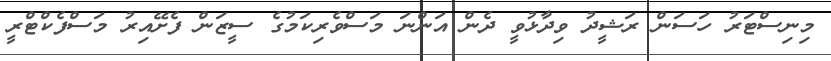
މިނިސްޓަރު ހަސަން ރަޝީދު ވިދާޅުވީ ދެން އަންނަ މަސްވެރިކަމުގެ ސީޒަން ފެށޭއިރު މަސްފެކްޓްރީ